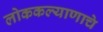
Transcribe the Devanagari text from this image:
लोककल्याणाचे